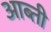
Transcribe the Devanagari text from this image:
आब्ती